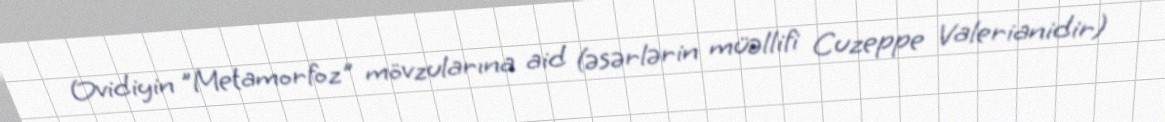
Ovidiyin "Metamorfoz" mövzularına aid (əsərlərin müəllifi Cuzeppe Valerianidir)